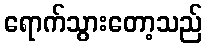
ရောက်သွားတော့သည်